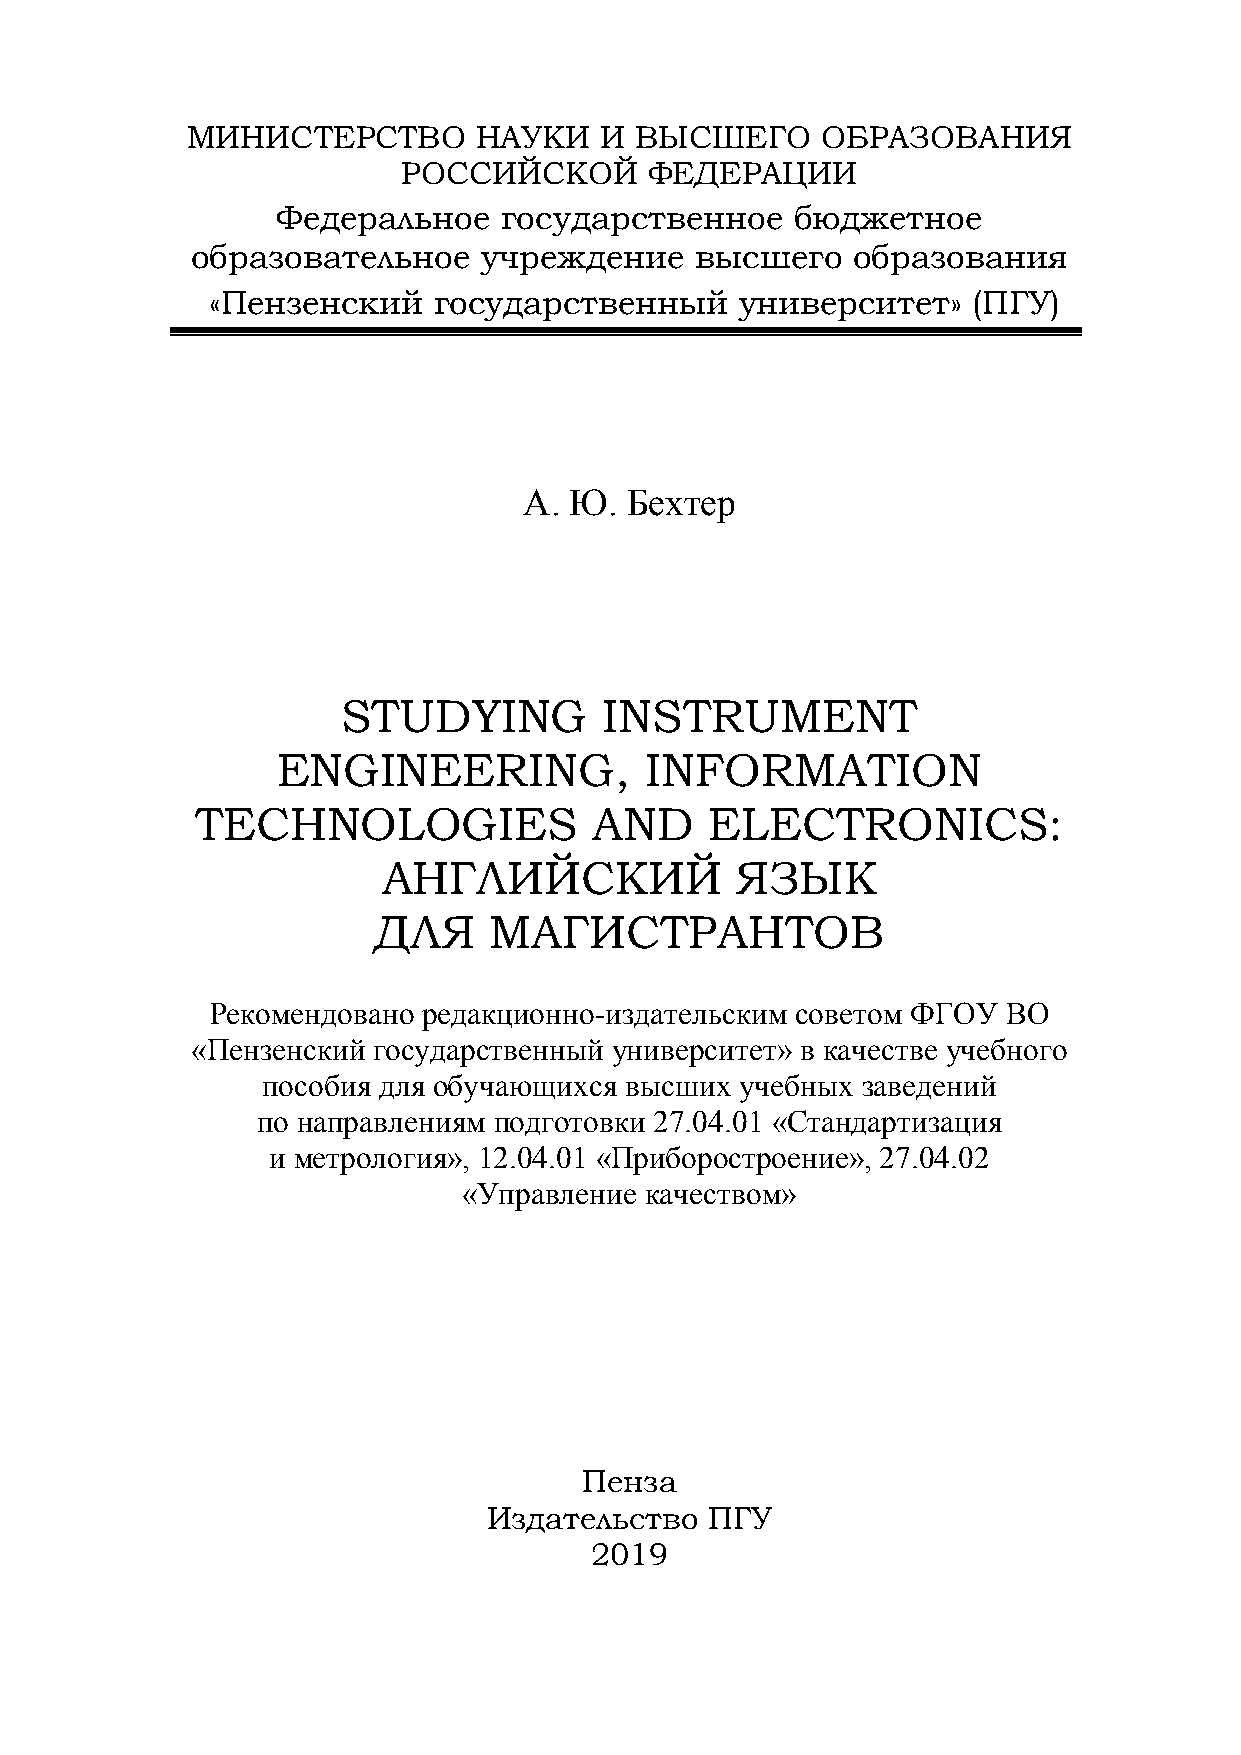
МИНИСТЕРСТВО       НАУКИ    И ВЫСШЕГО     ОБРАЗОВАНИЯ
 РОССИЙСКОЙ      ФЕДЕРАЦИИ
 Федеральное    государственное     бюджетное
 образовательное    учреждение    высшего   образования
 «Пензенский    государственный     университет»   (ПГУ)
 А. Ю. Бехтер
 STUDYING         INSTRUMENT
 ENGINEERING,             INFORMATION
 TECHNOLOGIES              AND     ELECTRONICS:
 АНГЛИЙСКИЙ              ЯЗЫК
 ДЛЯ    МАГИСТРАНТОВ
 Рекомендовано редакционно-издательским советом ФГОУ  ВО
 «Пензенский государственный университет» в качестве учебного
 пособия для обучающихся высших  учебных заведений
 по направлениям подготовки 27.04.01 «Стандартизация
 и метрология», 12.04.01 «Приборостроение», 27.04.02
 «Управление качеством»
 Пенза
 Издательство   ПГУ
 2019
 1